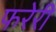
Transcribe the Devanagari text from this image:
फरेरी